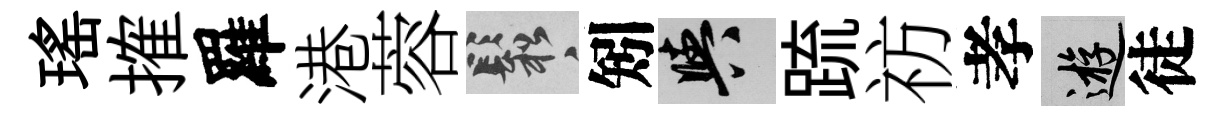
瑤搉羅港蓉鬆矧阳䟽祊孝游徒